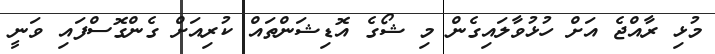
މުޅި ރާއްޖެ އަށް ހުޅުވާލައިގެން މި ޝޯގެ އޮޑިޝަންތައް ކުރިއަށް ގެންގޮސްފައި ވަނީ